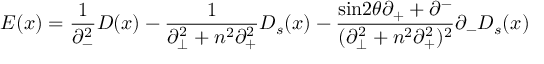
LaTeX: E ( x ) = \frac { 1 } { { \partial } _ { - } ^ { 2 } } D ( x ) - \frac { 1 } { { \partial } _ { \bot } ^ { 2 } + n ^ { 2 } { \partial } _ { + } ^ { 2 } } D _ { s } ( x ) - \frac { \mathrm { s i n } 2 { \theta } { \partial } _ { + } + { \partial } ^ { - } } { ( { \partial } _ { \bot } ^ { 2 } + n ^ { 2 } { \partial } _ { + } ^ { 2 } ) ^ { 2 } } { \partial } _ { - } D _ { s } ( x )